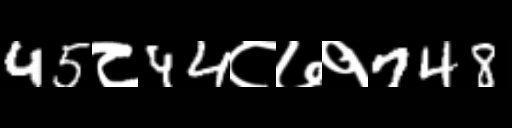
Text: 45८44८७१748